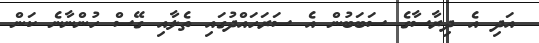
އަދި އެ ދިރާސާގެ ސަބަބުން އެ ސަރަހައްދުގައި ތެލާއި ގޭސް ހުންނާނެ ކަން